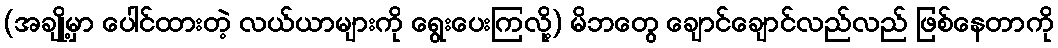
(အချို့မှာ ပေါင်ထားတဲ့ လယ်ယာများကို ရွေးပေးကြလို့) မိဘတွေ ချောင်ချောင်လည်လည် ဖြစ်နေတာကို